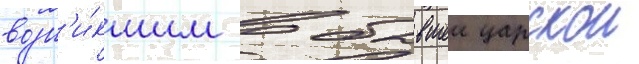
возн'и́кшим в бывшеи царскои